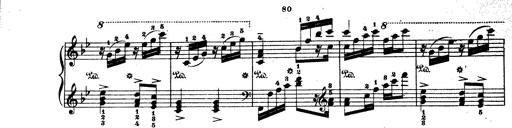
Title: Wagner-Liszt Album
Composer: Franz Liszt